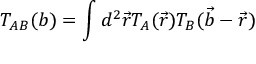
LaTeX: T _ { A B } ( b ) = \int d ^ { 2 } \vec { r } T _ { A } ( \vec { r } ) T _ { B } ( \vec { b } - \vec { r } )